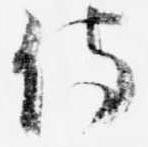
侍